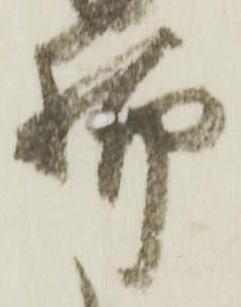
脚